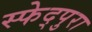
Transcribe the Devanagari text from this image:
स्फेद्पुरा